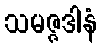
သမဇ္ဇဒါနံ